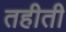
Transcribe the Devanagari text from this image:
तहीती